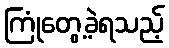
ကြုံတွေ့ခဲ့ရသည့်